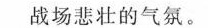
战场悲壮的气氛。